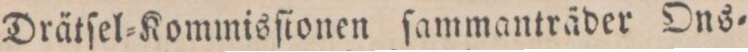
Drätſel=Kommisſionen ſammanträder Ons=